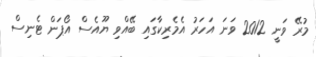
މުރޭ ވަނީ 2012 ވަނަ އަހަރު އެމެރިކާގައި ބޭއްވި ޔޫއެސް އޯޕަން ޓެނިސް